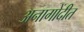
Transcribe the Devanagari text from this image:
अनागोंदीत